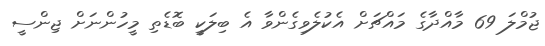
ޖުމްލަ 69 މާއްދާގެ މައްޗަށް އެކުލެވިގެންވާ އެ ބިލަކީ ބޮޑެތި މީހުންނަށް ޖިންސީ